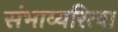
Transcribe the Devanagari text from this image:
संभाव्यरित्या